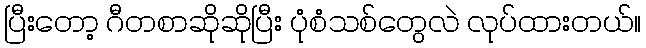
ပြီးတော့ ဂီတစာဆိုဆိုပြီး ပုံစံသစ်တွေလဲ လုပ်ထားတယ်။